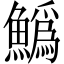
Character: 𩻟